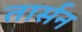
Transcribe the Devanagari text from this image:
तार्सन